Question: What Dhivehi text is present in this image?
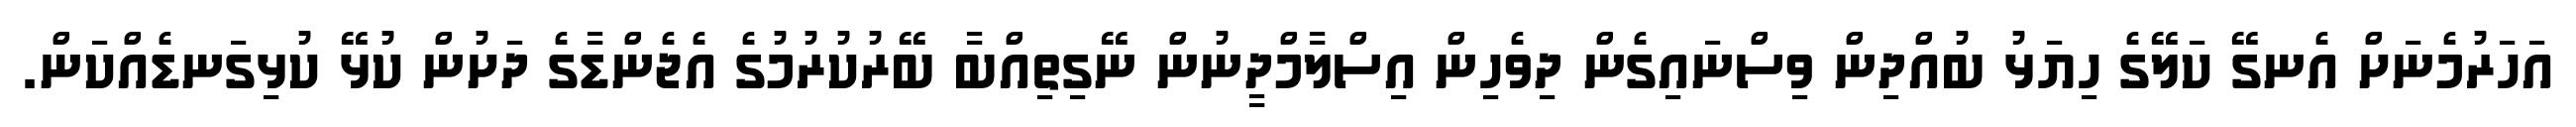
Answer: އަހަރުމެނަށް އެނގޭ ކަލޭގެ ހިޔަޅު ބުއްދިން ވިސްނައިގެން ދިވެހިން އިސްލާމްދީނުން ނޭގިތިއްބާ ބޭރުކުރުމުގެ އެޖެންޑާގެ ދަށުން ކުޅޭ ކުޅިގަނޑެއްކަން.